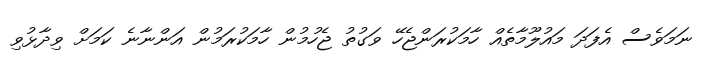
ނަމަވެސް އެފަދަ މައުލޫމާތެއް ހާމަކުރަންޖެހޭ ވަގުތު ޖެހުމުން ހާމަކުރަމުން އަންނާނެ ކަމަށް ވިދާޅުވި